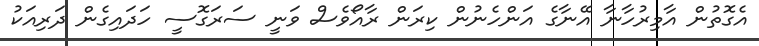
އެގޮތުން އާމިރުހާނާ އޭނާގެ އަންހެނުން ކިރަން ރާއޯވެސް ވަނީ ސަރަގޮސީ ހަދައިގެން ދަރިއަކު